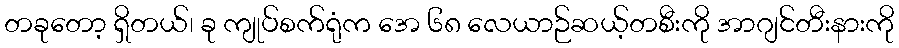
တခုတော့ ရှိတယ်၊ ခု ကျုပ်စက်ရုံက အေ ၆၈ လေယာဉ်ဆယ့်တစီးကို အာဂျင်တီးနားကို